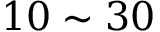
1 0 \sim 3 0